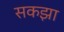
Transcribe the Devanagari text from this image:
सकझा